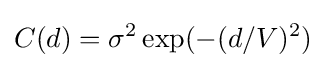
C(d)=\sigma ^{2}\exp(-(d/V)^{2})